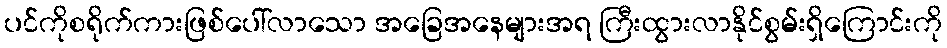
ပင်ကိုစရိုက်ကားဖြစ်ပေါ်လာသော အခြေအနေများအရ ကြီးထွားလာနိုင်စွမ်းရှိကြောင်းကို